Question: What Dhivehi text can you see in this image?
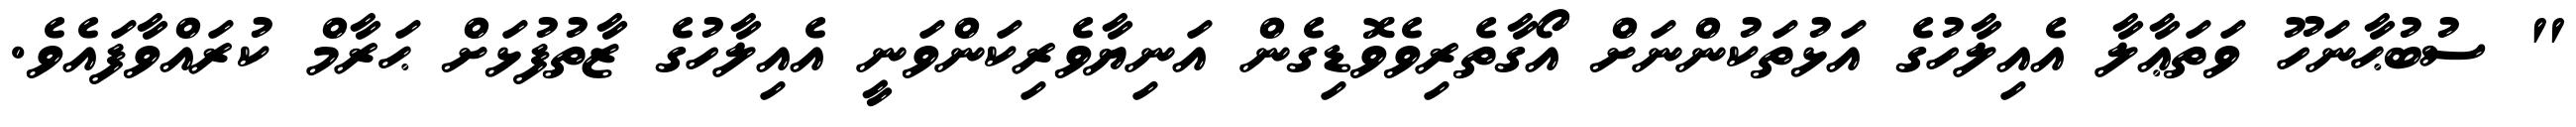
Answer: " ސުބުޙާނަހޫ ވަތަޢާލާ އެއިލާހުގެ އަޅުތަކުންނަށް އޯގާތެރިވެވޮޑިގެން އަނިޔާވެރިކަންވަނީ އެއިލާހުގެ ޒާތުފުޅަށް ޙަރާމް ކުރައްވާފައެވެ.